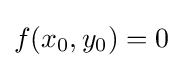
f(x_{0},y_{0})=0